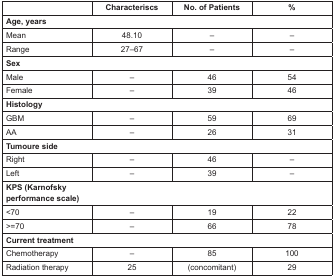
|  | Characteriscs | No. of Patients | % |
 | --- | --- | --- | --- |
 | <COLSPAN=4> Age, years |
 | Mean | 48.10 | – | – |
 | Range | 27–67 | – | – |
 | <COLSPAN=4> Sex |
 | Male | – | 46 | 54 |
 | Female | – | 39 | 46 |
 | <COLSPAN=4> Histology |
 | GBM | – | 59 | 69 |
 | AA | – | 26 | 31 |
 | <COLSPAN=4> Tumoure side |
 | Right | – | 46 | – |
 | Left | – | 39 | – |
 | <COLSPAN=4> KPS (Karnofsky performance scale) |
 | <70 | – | 19 | 22 |
 | >=70 | – | 66 | 78 |
 | <COLSPAN=4> Current treatment |
 | Chemotherapy | – | 85 | 100 |
 | Radiation therapy | 25 | (concomitant) | 29 |